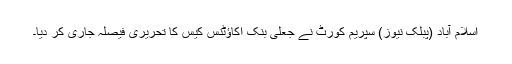
اسلام آباد (پبلک نیوز) سپریم کورٹ نے جعلی بنک اکاؤٹنس کیس کا تحریری فیصلہ جاری کر دیا۔